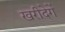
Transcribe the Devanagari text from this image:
खरीदेगें